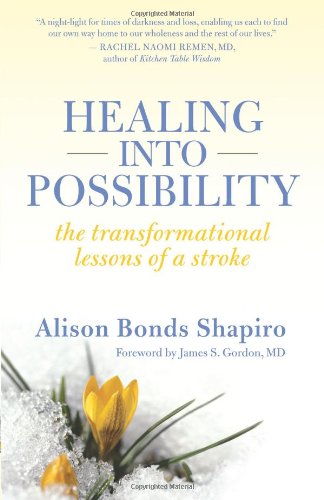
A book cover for Healing into Possibility: The Transformational Lessons of a Stroke; Alison Bonds Shapiro; Health, Fitness & Dieting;